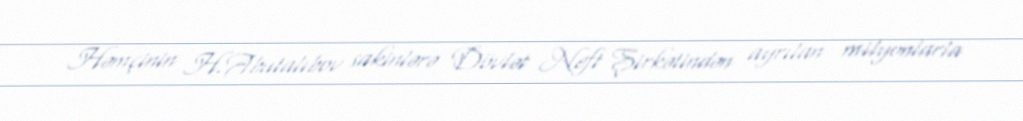
Həmçinin H.Abutalıbov sakinlərə Dövlət Neft Şirkətindən ayrılan milyonlarla